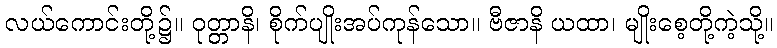
လယ်ကောင်းတို့၌။ ဝုတ္တာနိ၊ စိုက်ပျိုးအပ်ကုန်သော။ ဗီဇာနိ ယထာ၊ မျိုးစေ့တို့ကဲ့သို့။